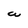
Character: W